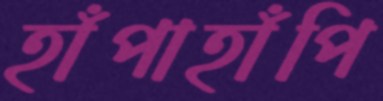
হাঁপাহাঁপি